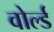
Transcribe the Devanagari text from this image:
वोर्ल्ड